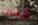
شعرك